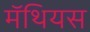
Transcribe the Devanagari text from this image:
मॅथियस